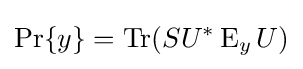
\operatorname {Pr} \{y\}=\operatorname {Tr} (SU^{*}\operatorname {E} _{y}U)